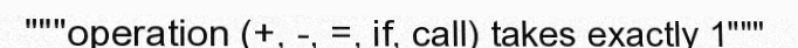
"""operation (+, -, =, if, call) takes exactly 1"""